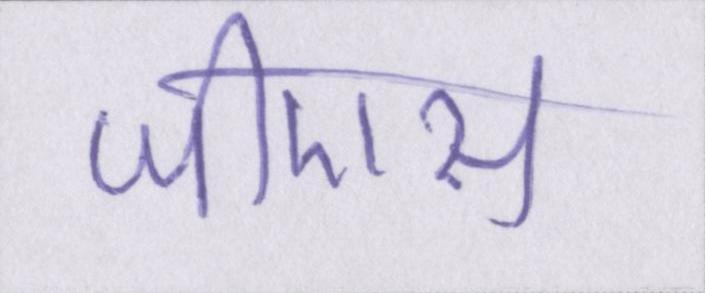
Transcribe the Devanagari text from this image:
जीएस